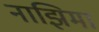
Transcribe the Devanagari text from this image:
नाझिमा